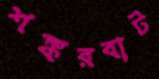
শঙ্করবাট